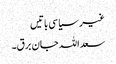
غیر سیاسی باتیں
سعد اللہ جان برق۔